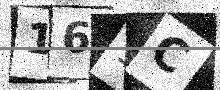
Text: 161C